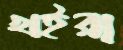
খইরা